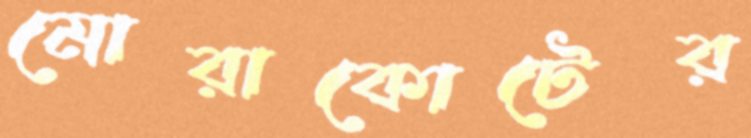
মোরাকোটের